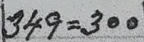
349 = 300